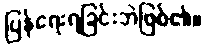
ပြန်ရေးရခြင်းဘဲဖြစ်၏။